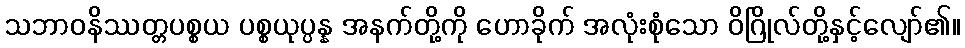
သဘာဝနိဿတ္တပစ္စယ ပစ္စယုပ္ပန္န အနက်တို့ကို ဟောခိုက် အလုံးစုံသော ဝိဂြိုလ်တို့နှင့်လျော်၏။